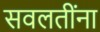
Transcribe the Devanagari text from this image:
सवलतींना